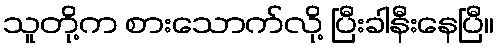
သူတို့က စားသောက်လို့ ပြီးခါနီးနေပြီ။